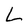
Character: L